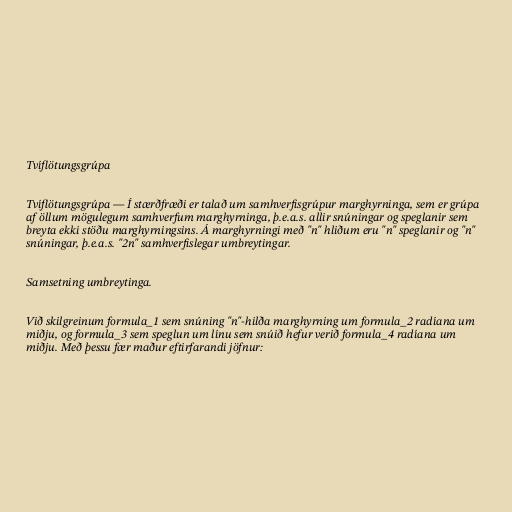
Tvíflötungsgrúpa

Tvíflötungsgrúpa ― Í stærðfræði er talað um samhverfisgrúpur marghyrninga, sem er grúpa
af öllum mögulegum samhverfum marghyrninga, þ.e.a.s. allir snúningar og speglanir sem
breyta ekki stöðu marghyrningsins. Á marghyrningi með "n" hliðum eru "n" speglanir og "n"
snúningar, þ.e.a.s. "2n" samhverfislegar umbreytingar.

Samsetning umbreytinga.

Við skilgreinum formula_1 sem snúning "n"-hilða marghyrning um formula_2 radíana um
miðju, og formula_3 sem speglun um línu sem snúið hefur verið formula_4 radíana um
miðju. Með þessu fær maður eftirfarandi jöfnur: